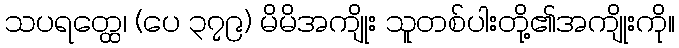
သပရတ္ထေ၊ (ပေ ၃၇၉) မိမိအကျိုး သူတစ်ပါးတို့၏အကျိုးကို။